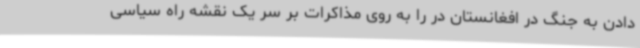
دادن به جنگ در افغانستان در را به روی مذاکرات بر سر یک نقشه راه سیاسی